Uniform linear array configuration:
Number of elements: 4
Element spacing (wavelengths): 0.75
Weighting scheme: uniform
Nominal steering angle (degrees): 45
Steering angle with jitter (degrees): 43.546
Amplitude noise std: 0.05
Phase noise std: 0.05

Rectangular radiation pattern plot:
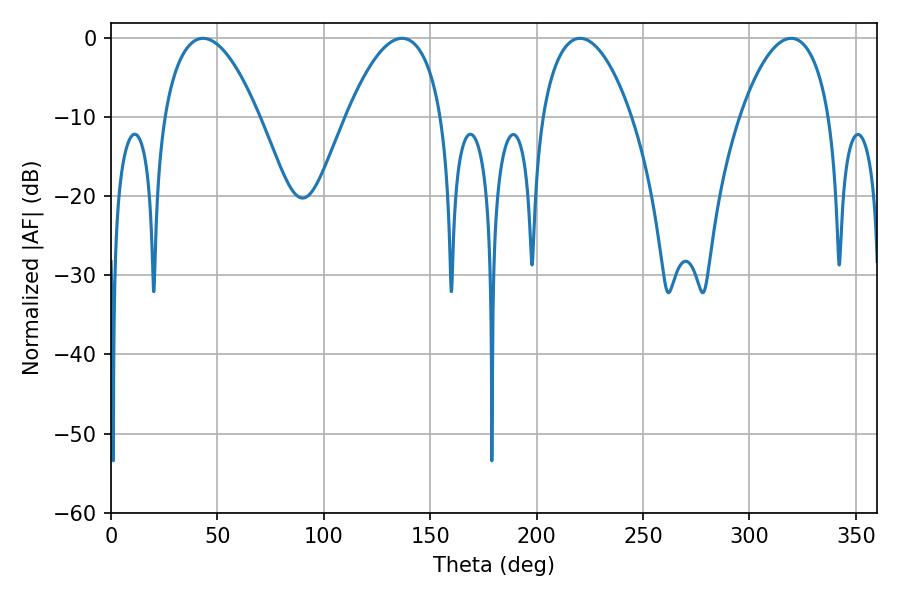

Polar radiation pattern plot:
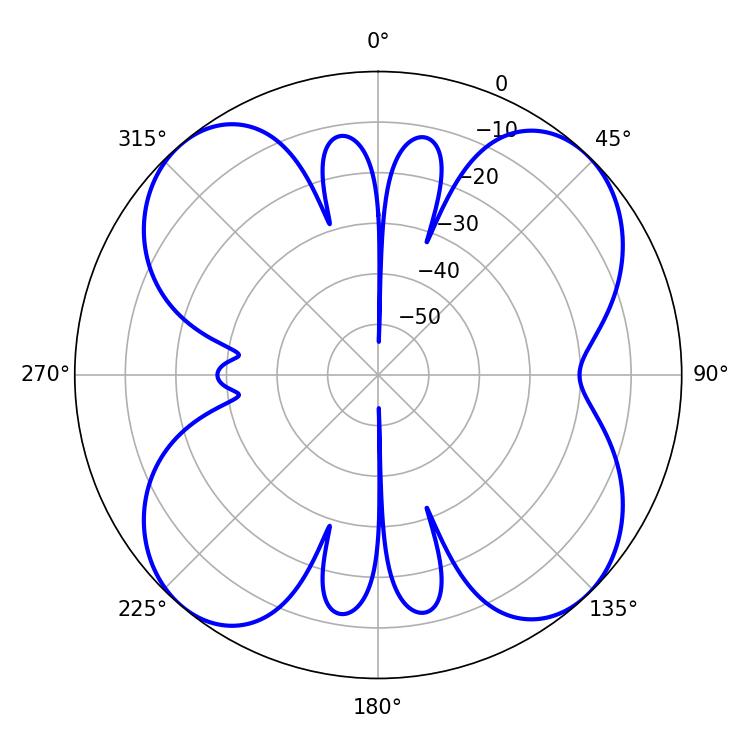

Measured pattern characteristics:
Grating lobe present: TRUE
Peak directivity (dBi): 14.054
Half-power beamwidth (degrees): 24.84
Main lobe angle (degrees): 43.2